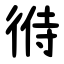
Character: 㣥